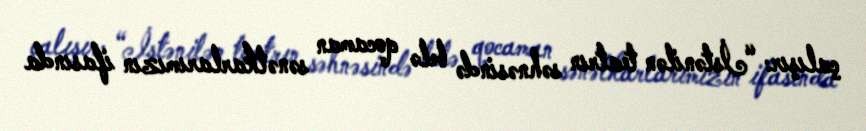
çalışır: “İstənilən teatrın səhnəsində belə qocaman sənətkarlarımızın ifasında